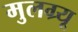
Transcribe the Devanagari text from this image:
मुलग्र्यू